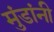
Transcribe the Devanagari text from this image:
मुंडांनी